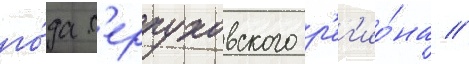
го́да с'ерпуховского р'ег'ио́на //